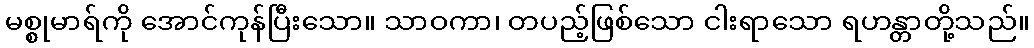
မစ္စုမာရ်ကို အောင်ကုန်ပြီးသော။ သာဝကာ၊ တပည့်ဖြစ်သော ငါးရာသော ရဟန္တာတို့သည်။